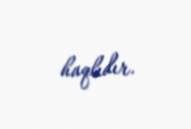
haqlıdır.